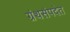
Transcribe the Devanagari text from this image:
ग्रंथसंपदेत